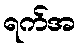
ရက်အ